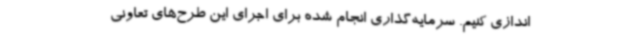
اندازی کنیم. سرمایه‌گذاری انجام شده برای اجرای این طرح‌های تعاونی